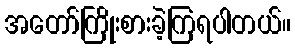
အတော်ကြိုးစားခဲ့ကြရပါတယ်။